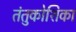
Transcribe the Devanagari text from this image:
तंतुकोशिका